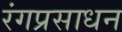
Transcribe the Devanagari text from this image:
रंगप्रसाधन